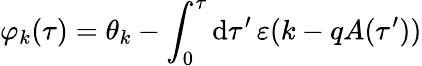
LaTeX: \varphi_{k}(\tau)=\theta_{k}-\int_{0}^{\tau}\mathrm{d}\tau^{\prime}\, \varepsilon(k-qA(\tau^{\prime}))